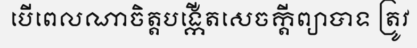
បើពេលណាចិត្តបង្កើតសេចក្តីព្យាបាទ ត្រូវ